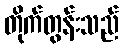
တိုက်တွန်းသည်